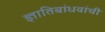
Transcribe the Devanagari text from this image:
ज्ञातिबांधवांची